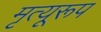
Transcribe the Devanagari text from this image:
मृत्यूरूप